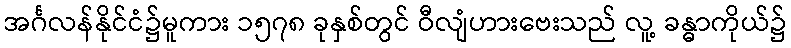
အင်္ဂလန်နိုင်ငံ၌မူကား ၁၅၇၈ ခုနှစ်တွင် ဝီလျံဟားဗေးသည် လူ့ ခန္ဓာကိုယ်၌